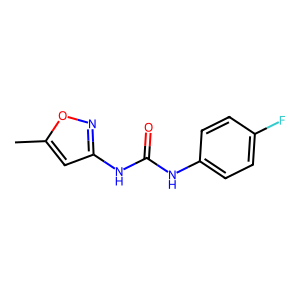
SMILES: Cc1cc(NC(=O)Nc2ccc(F)cc2)no1
Inhibits HIV replication: No